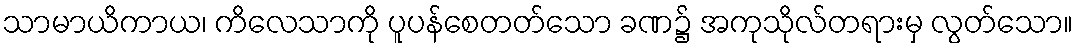
သာမာယိကာယ၊ ကိလေသာကို ပူပန်စေတတ်သော ခဏ၌ အကုသိုလ်တရားမှ လွတ်သော။